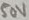
Text: 50V